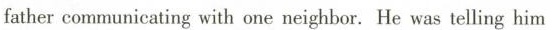
father communicating with one neighbor. He was telling him